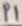
Text: P1